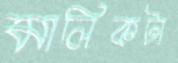
মালিকটা